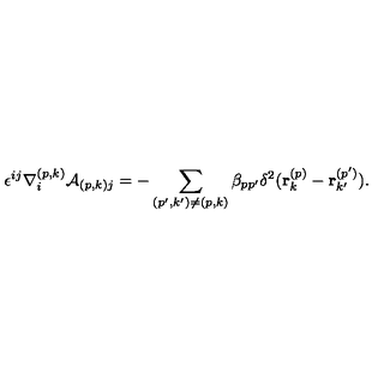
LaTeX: \epsilon ^ { i j } \nabla _ { i } ^ { ( p , k ) } { \cal A } _ { ( p , k ) j } = - \sum _ { ( p ^ { \prime } , k ^ { \prime } ) \neq ( p , k ) } \beta _ { p p ^ { \prime } } \delta ^ { 2 } ( { \bf r } _ { k } ^ { ( p ) } - { \bf r } _ { k ^ { \prime } } ^ { ( p ^ { \prime } ) } ) .